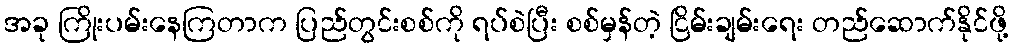
အခု ကြိုးပမ်းနေကြတာက ပြည်တွင်းစစ်ကို ရပ်စဲပြီး စစ်မှန်တဲ့ ငြိမ်းချမ်းရေး တည်ဆောက်နိုင်ဖို့